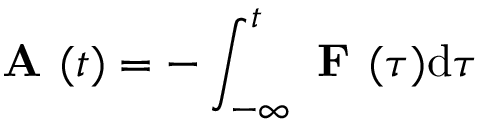
\textbf { A } ( t ) = - \int _ { - \infty } ^ { t } \textbf { F } ( \tau ) \mathrm { d } \tau